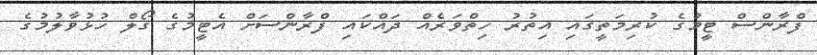
ފްރާންސް ޓީމުގެ ކުރިމަތީގައި އިތުރު ހިތްވަރެއް ދައްކައި ފްރާންސަށް އެޓީމުގެ ގޯލް ހުޅުވާލުމުގެ